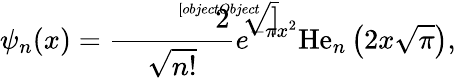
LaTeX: \psi_{n}(x)={\frac{\sqrt[[objectObject]]{2}}{\sqrt{n!}}}e^{-\pi x^{2}}\mathrm{He}_{n}\left(2x{\sqrt{\pi}}\right),